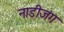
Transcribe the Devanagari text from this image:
नाडीजंग